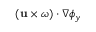
( \mathbf { u } \times \boldsymbol { \omega } ) \cdot \nabla \phi _ { y }